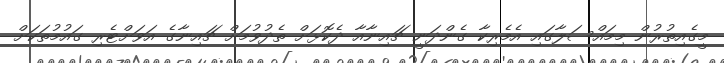
މީގެއިތުރުން މިމައްސަލާގައި އެމެރިކާ ގެންދަނީ ޗައިނާއާ ދެކޮޅަށް ތެދުވުމަށް ޗައިނާގެ އަވަށްޓެރި ގައުމުތަކަށް